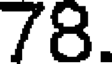
78.